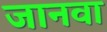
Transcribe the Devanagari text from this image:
जानवा